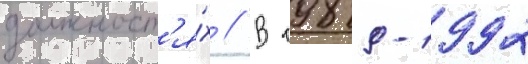
должност'я́х // В 1989-1992